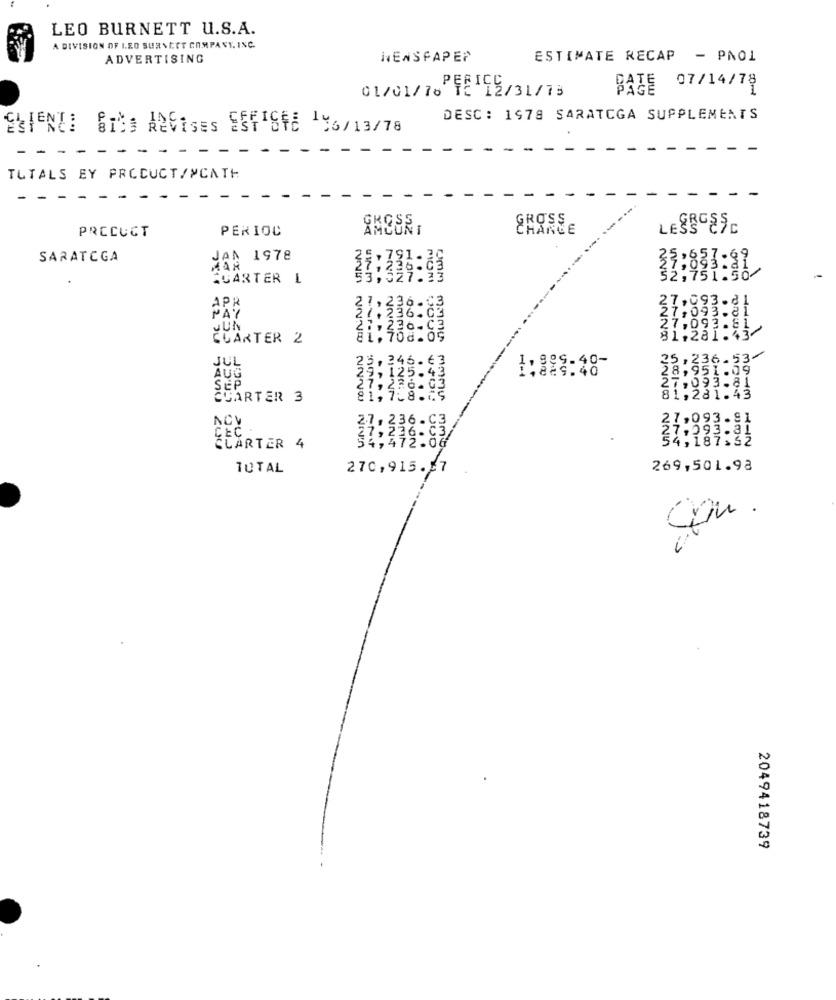
LEO BURNETT U.S.A.
A DIVISION OF LEO SURNCET COMPANY. INC.
ADVERTISING
NEWSPAPER
ESTIMATE RECAP - PAO1
07/14/78
01/01/76 1212/31/73
PERICS
BAZE
DESC: 1978 SARATOGA SUPPLEMENTS
ESTENTE SIts ReVises ESHIStE 196/13/78
- -
- - ---
TUTALS EY PRODUCT/MCATH
GROSS
PROCUCT
PERIOC
CHANCE
LESS 87C
SARATOGA
JAN 1978
31:833:3
QUARTER
-
1:314:40
910
27, 236.C3
27,093.8
27,093.81
PAY
21,236.03
JUN
21,236-C3
27
7,093.81
QUARTER 2
81, 708.09
81,281.43
JUL
5,346.63
25, 236.53-
--
886.40-
28,951.59
AUG
29,125.43
2, 4
SEP
27, 236. 03
27,933.81
CUARTER 3
81, 7.8.49
81,281.43
WWW
ACV
CEC
33:336:83/
NNI
CLARTER 4
4,472:08
TUTAL
270,915.07
269,501.98
2049418739